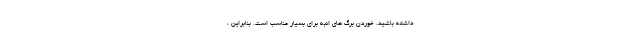
داشته باشید. خوردن برگ های انبه برای بسیار مناسب است. بنابراین ،